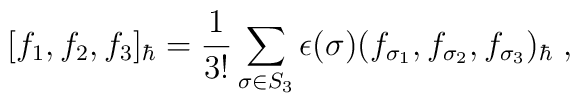
[f_1,f_2,f_3]_\hbar=\frac{1}{3!}\sum_{\sigma\in S_3}\epsilon(\sigma)(f_{\sigma_1},f_{\sigma_2},f_{\sigma_3})_\hbar\; ,